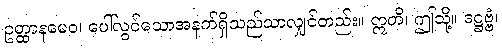
ဥတ္ထာနမေဝ၊ ပေါ်လွင်သောအနက်ရှိသည်သာလျှင်တည်း။ ဣတိ၊ ဤသို့။ ဒဋ္ဌဗ္ဗံ၊